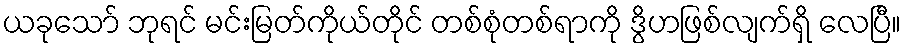
ယခုသော် ဘုရင် မင်းမြတ်ကိုယ်တိုင် တစ်စုံတစ်ရာကို ဒွိဟဖြစ်လျက်ရှိ လေပြီ။